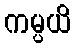
ကမ္ပယိ